Vaccination report Assam 1896-1927 - 1896-1927
Year: 1896
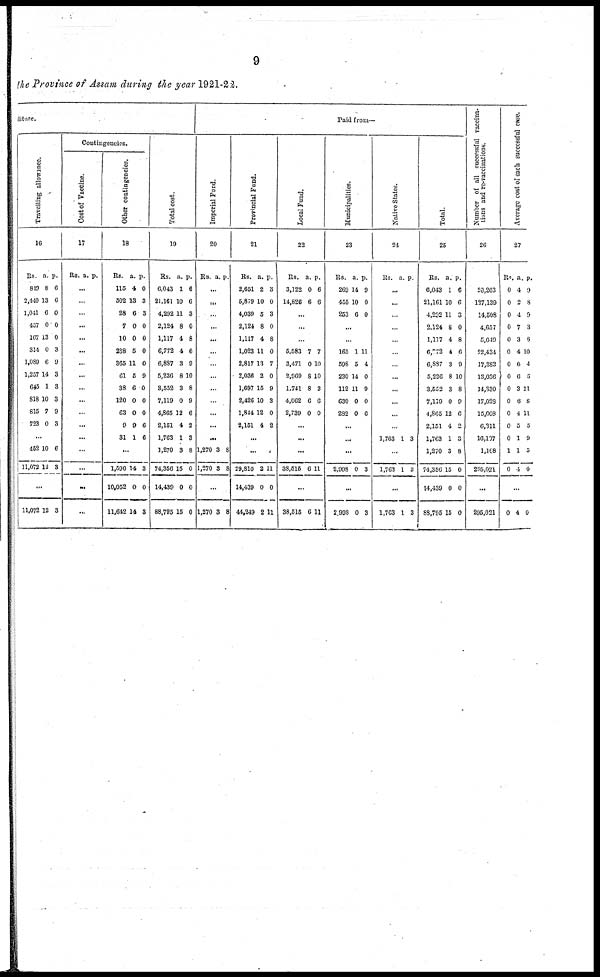
9
the Province of Assam during the year 1921-22.
diture.
Travelling allowance.
16
Rs.
819
2,440
1,041
457
107
314
1,089
1,257
645
818
615
723
a.
8
13
6
0
13
0
6
14
1
10
7
0
p.
6
6
0
0
0
3
9
3
3
3
9
3
...
452
11,072
10
12
6
3
...
11,072 12 3
Contingencies.
Cost of Vaccine.
17
Rs. a. p.
...
...
...
...
...
...
...
...
...
...
...
...
...
...
...
...
...
Other contingencies.
18
Rs.
115
302
28
7
10
238
365
61
38
120
63
9
31
a.
4
13
6
0
0
5
11
5
6
0
0
9
1
p.
0
3
3
0
0
0
0
9
0
0
0
0
6
...
1,690
10,052
11,642
14
0
14
3
0
3
Total cost.
19
Rs.
6,043
21,161
4,292
2,124
1,117
6,772
6,887
5,236
3,552
7,119
4,865
2,151
1,763
1,270
74,356
14,439
88,795
a.
1
10
11
8
4
4
3
8
3
0
12
4
1
3
15
0
15
p.
6
0
3
0
8
6
9
10
8
9
6
2
3
8
0
0
0
Paid from—
Imperial Fond.
20
Rs. a. p.
...
...
...
...
...
...
...
...
...
...
...
...
...
1,270
1,270
3
3
8
8
...
1,270 3 8
Provincial Fund.
21
Rs.
2,651
5,879
4,039
2,124
1,117
1,023
2,817
2,036
1,697
2,426
1,844
2,151
a.
2
10
5
8
4
11
13
2
15
10
12
4
p.
3
0
3
0
8
0
7
0
9
3
0
2
...
...
29,810
14,439
44,249
2
0
2
11
0
11
Local Fund.
22
Rs.
3,122
14,826
a.
0
6
p.
6
6
...
...
...
5,583
3,471
2,069
1,741
4,062
2,739
7
0
8
8
6
0
7
10
10
2
6
0
...
...
...
38,515 6 11
...
38,515 6 11
Municipalities.
23
Rs.
269
455
253
a.
14
10
6
p.
9
0
0
...
...
165
598
230
112
630
282
1
5
14
11
0
0
11
4
0
9
0
6
...
...
...
2,998 0 3
...
2,998 0 3
Native States.
24
Rs. a. p.
...
...
...
...
...
...
...
...
...
...
...
...
1,763 1 3
...
1,763 1 3
...
1,763 1 3
Total.
25
Rs.
6,043
21,161
4,292
2,124
1,117
6,772
6,887
5,236
3,552
7,119
4,865
2,151
1,763
1,270
74,356
14,439
88,795
a.
1
10
11
8
4
4
3
8
3
0
12
4
1
3
15
0
15
p.
6
6
3
0
8
6
9
10
8
9
6
2
3
8
0
0
0
Number of all successful vaccina-
tions and re-vaccinations.
26
20,263
127,139
14,508
4,657
5,049
22,434
17,383
13,036
14,830
17,028
15,608
6,311
16,107
1,108
295,021
...
295,021
Average cost of each successful case.
27
Rs.
0
0
0
0
0
0
0
0
0
0
0
0
0
1
0
a.
4
2
4
7
3
4
6
6
3
6
4
5
1
1
4
p.
9
8
9
3
6
10
4
5
11
8
11
5
9
5
0
...
0 4 0